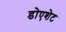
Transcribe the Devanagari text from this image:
डोएशेट